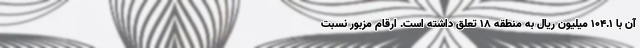
آن با 104.1 میلیون ریال به منطقه 18 تعلق داشته است. ارقام مزبور نسبت